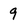
Character: 9